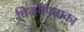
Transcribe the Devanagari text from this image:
विजयपताका